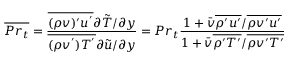
\overline { { P r _ { t } } } = \frac { \overline { { ( \rho v ) ^ { \prime } u ^ { ' } } } \partial \Tilde { T } / \partial y } { \overline { { ( \rho v ^ { ' } ) T ^ { ' } } } \partial \Tilde { u } / \partial y } = P r _ { t } \frac { 1 + \bar { v } \overline { { \rho ^ { \prime } u ^ { \prime } } } / \overline { { \rho v ^ { \prime } u ^ { \prime } } } } { 1 + \bar { v } \overline { { \rho ^ { \prime } T ^ { \prime } } } / \overline { { \rho v ^ { \prime } T ^ { \prime } } } }